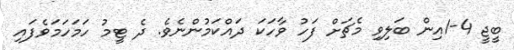
ބީޖީ 4-1އިން ބަލިވި މެޗަށް ފަހު ވާހަކަ ދައްކަމުންނެވެ. ދެ ޓީމު ހަމަހަމަވެފައި